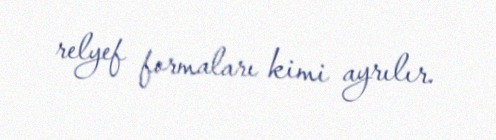
relyef formaları kimi ayrılır.